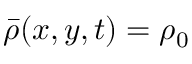
\bar { \rho } ( x , y , t ) = \rho _ { 0 }